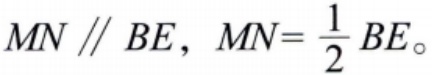
$MN \parallel BE,\ MN=\frac{1}{2}BE。$